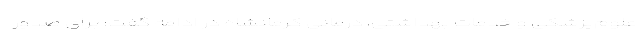
علوم‌پزشکی و خدمات بهداشتی‌، ‌درمانی کرمانشاه در ادامه گفت: برای صدور